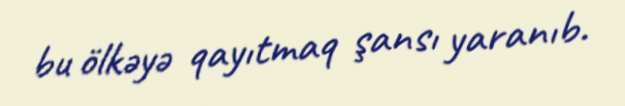
bu ölkəyə qayıtmaq şansı yaranıb.